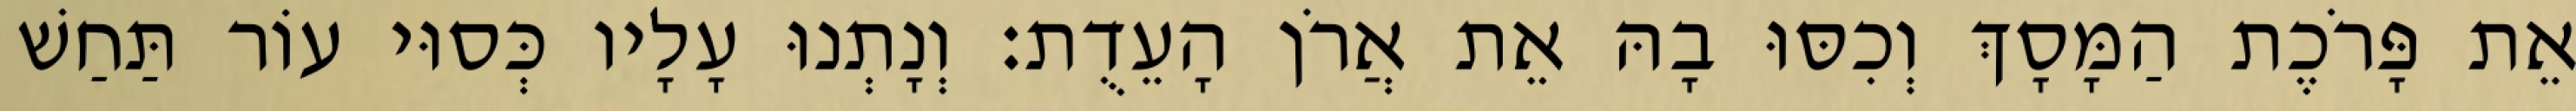
אֵת פָּרֹכֶת הַמָּסָךְ וְכִסּוּ בָהּ אֵת אֲרֹן הָעֵדֻת׃ וְנָתְנוּ עָלָיו כְּסוּי עוֹר תַּחַשׁ